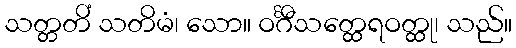
သတ္တတိံ သတိမံ၊ သော။ ဝင်္ဂီသတ္ထေရဝတ္ထု၊ သည်။